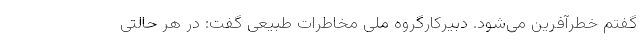
گفتم خطرآفرین می‌شود. دبیرکارگروه ملی مخاطرات طبیعی گفت: در هر حالتی